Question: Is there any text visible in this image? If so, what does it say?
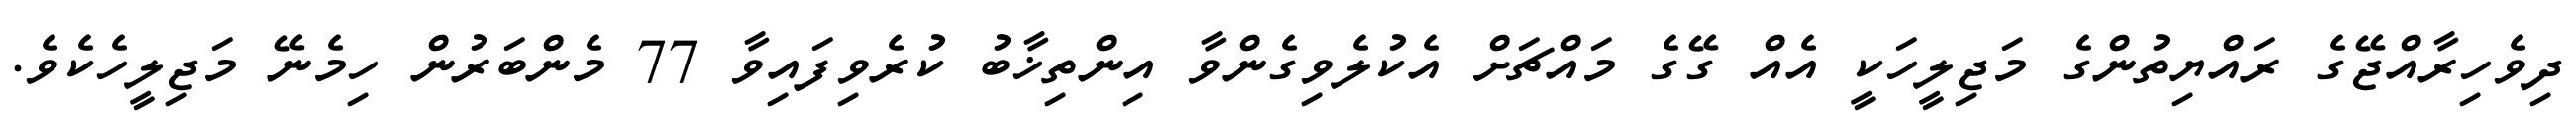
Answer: ދިވެހިރާއްޖޭގެ ރައްޔިތުންގެ މަޖިލީހަކީ އެއް ގޭގެ މައްޗަށް އެކުލެވިގެންވާ އިންތިޚާބު ކުރެވިފައިވާ 77 މެންބަރުން ހިމެނޭ މަޖިލީހެކެވެ.